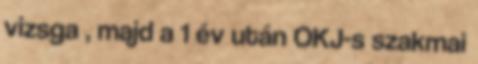
vizsga , majd a 1 év után OKJ-s szakmai